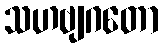
သဟဗျဂတော